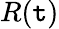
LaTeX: R(\mathtt{t})